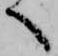
へ